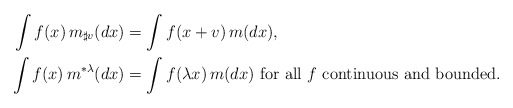
\begin{align*}\int f(x) \, m _{\sharp v}(dx)&=\int f(x+v) \, m (dx),\\ \int f(x) \, m ^{*\lambda}(dx)&=\int f(\lambda x) \, m (dx)\mbox{ for all }f\mbox{ continuous and bounded}.\end{align*}